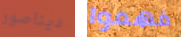
ديناصور فهموا